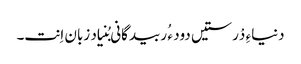
دنیاءِ دْرستیں دود ء ُ ربیدگانی بُنیاد زبان اِنت۔